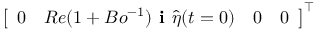
\left[ \begin{array} { l l l l } { 0 } & { R e ( 1 + B o ^ { - 1 } ) \textbf { i } \hat { \eta } ( t = 0 ) } & { 0 } & { 0 } \end{array} \right] ^ { \intercal }